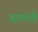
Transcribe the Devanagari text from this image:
जागाजी